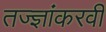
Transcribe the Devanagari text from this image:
तज्ज्ञांकरवी